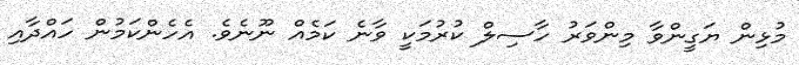
މުޅިން ޔަގީންވާ މިންވަރު ހާސިލް ކުރުމަކީ ވާނެ ކަމެއް ނޫނެވެ. އެހެންކަމުން ހައްދާއި